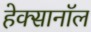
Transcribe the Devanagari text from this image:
हेक्सानॉल